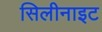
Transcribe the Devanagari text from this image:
सिलीनाइट